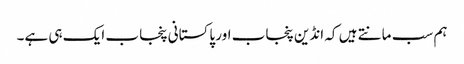
ہم سب مانتے ہیں کہ انڈین پنجاب اور پاکستانی پنجاب ایک ہی ہے۔